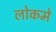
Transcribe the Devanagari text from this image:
लोकमे